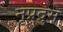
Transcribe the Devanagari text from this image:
नृप्रद्रुम